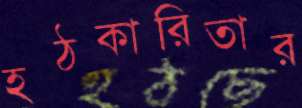
হঠকারিতার